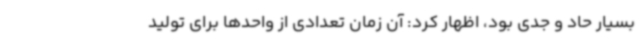
بسیار حاد و جدی بود، اظهار کرد: آن زمان تعدادی از واحدها برای تولید